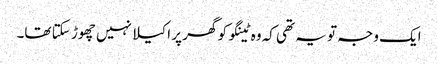
ایک وجہ تو یہ تھی کہ وہ ٹینگو کو گھر پر اکیلا نہیں چھوڑ سکتا تھا۔